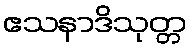
ဧသနာဒိသုတ္တ